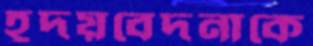
হূদয়বেদনাকে